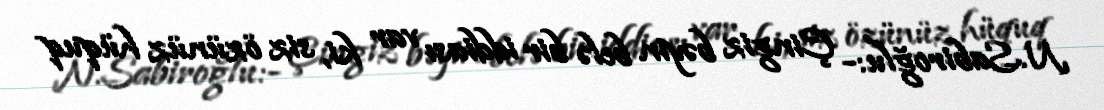
N.Sabiroğlu:- Çingiz bəyin belə bir iddiası var ki, siz özünüz hüquq